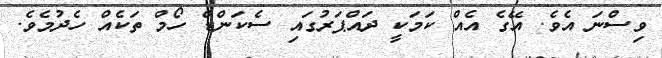
ވިސްނަ އެވެ. އޭގެ އެއް ކަމަކީ ދައްޕަރުގައި ސެކަންޑް ހޯމް ތަކެއް ހެދުމެވެ.